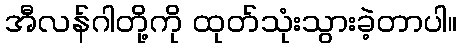
အီလန်ဂါတို့ကို ထုတ်သုံးသွားခဲ့တာပါ။